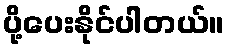
ပို့ပေးနိုင်ပါတယ်။